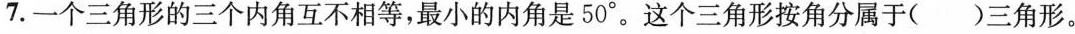
7.一个三角形的三个内角互不相等，最小的内角是50°。这个三角形按角分属于()三角形。